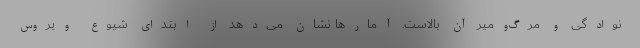
نوادگی و مرگ‌ومیر آن بالاست. آمارها نشان می‌دهد از ابتدای شیوع ویروس